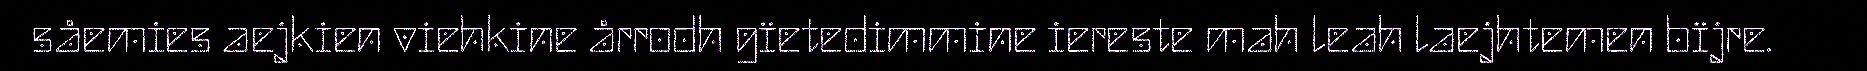
såemies aejkien viehkine årrodh gïetedimmine iereste mah leah laejhtemen bïjre.